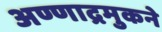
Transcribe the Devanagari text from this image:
अण्णाद्रमुकने